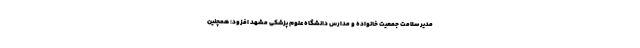
مدیر سلامت جمعیت خانواده و مدارس دانشگاه علوم پزشکی مشهد افزود: همچنین